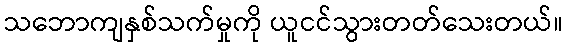
သဘောကျနှစ်သက်မှုကို ယူငင်သွားတတ်သေးတယ်။